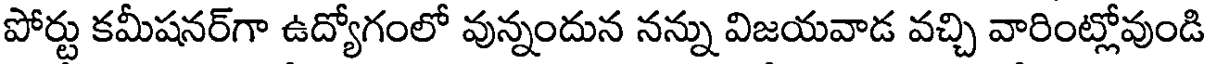
పోర్టు కమీషనర్గా ఉద్యోగంలో వున్నందున నన్ను విజయవాడ వచ్చి వారింట్లోవుండి